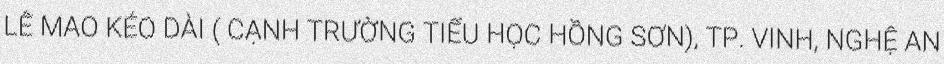
LÊ MAO KÉO DÀI ( CẠNH TRƯỜNG TIỂU HỌC HỒNG SƠN), TP. VINH, NGHỆ AN